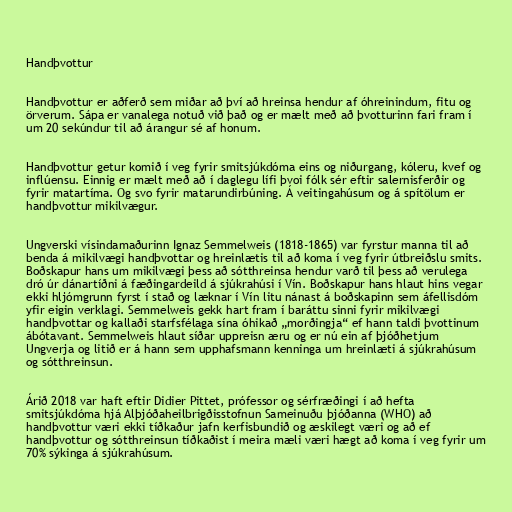
Handþvottur

Handþvottur er aðferð sem miðar að því að hreinsa hendur af óhreinindum, fitu og
örverum. Sápa er vanalega notuð við það og er mælt með að þvotturinn fari fram í
um 20 sekúndur til að árangur sé af honum.

Handþvottur getur komið í veg fyrir smitsjúkdóma eins og niðurgang, kóleru, kvef og
inflúensu. Einnig er mælt með að í daglegu lífi þvoi fólk sér eftir salernisferðir og
fyrir matartíma. Og svo fyrir matarundirbúning. Á veitingahúsum og á spítölum er
handþvottur mikilvægur.

Ungverski vísindamaðurinn Ignaz Sem­melweis (1818-1865) var fyrstur manna til að
benda á mikilvægi handþvottar og hreinlætis til að koma í veg fyrir útbreiðslu smits.
Boðskapur hans um mikilvægi þess að sótthreinsa hendur varð til þess að verulega
dró úr dánartíðni á fæðingardeild á sjúkrahúsi í Vín. Boðskapur hans hlaut hins vegar
ekki hljómgrunn fyrst í stað og læknar í Vín litu nánast á boðskapinn sem áfellisdóm
yfir eigin verklagi. Sem­melweis gekk hart fram í baráttu sinni fyrir mikilvægi
handþvottar og kallaði starfsfélaga sína óhikað „morðingja“ ef hann taldi þvottinum
ábótavant. Sem­melweis hlaut síðar upp­reisn æru og er nú ein af þjóðhetj­um
Ung­verja og litið er á hann sem upp­hafs­mann kenn­inga um hrein­læti á sjúkra­hús­um
og sótt­hreins­un.

Árið 2018 var haft eftir Didier Pittet, pró­fess­or og sér­fræðing­i í að hefta
smit­sjúk­dóma hjá Alþjóðaheil­brigðis­stofn­un Sam­einuðu þjóðanna (WHO) að
handþvott­ur væri ekki tíðkaður jafn kerf­is­bundið og æski­legt væri og að ef
handþvottur og sótthreinsun tíðkaðist í meira mæli væri hægt að koma í veg fyrir um
70% sýkinga á sjúkrahúsum.